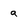
Character: a